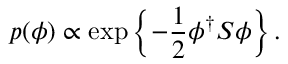
p ( \phi ) \propto \exp \left\{ - \frac { 1 } { 2 } \phi ^ { \dagger } S \phi \right\} .